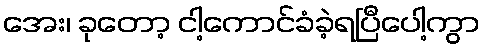
အေး၊ ခုတော့ ငါ့ကောင်ခံခဲ့ရပြီပေါ့ကွာ